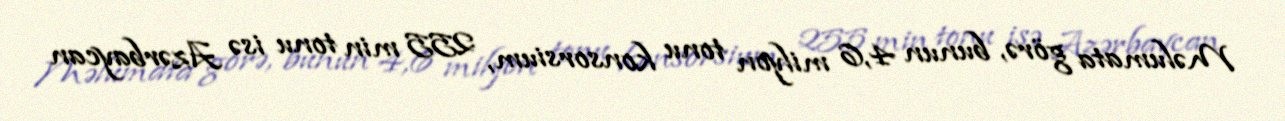
Məlumata görə, bunun 4,6 milyon tonu konsorsium, 255 min tonu isə Azərbaycan